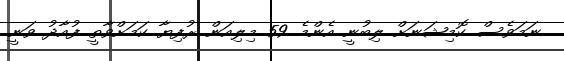
ނަމަވެސް ކޮމިޝަނަށް ލިބުނީ އެންމެ 59 މިލިއަން ރުފިޔާ ކަމަށްވާތީ ފުއާދު ވަނީ